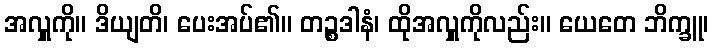
အလှူကို။ ဒိယျတိ၊ ပေးအပ်၏။ တဉ္စဒါနံ၊ ထိုအလှူကိုလည်း။ ယေတေ ဘိက္ခူ၊